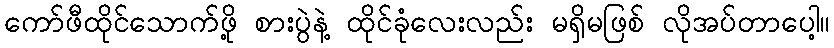
ကော်ဖီထိုင်သောက်ဖို့ စားပွဲနဲ့ ထိုင်ခုံလေးလည်း မရှိမဖြစ် လိုအပ်တာပေါ့။